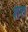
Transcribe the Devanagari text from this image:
शरु